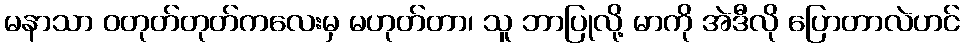
မနာသာ ဝတုတ်တုတ်ကလေးမှ မဟုတ်တာ၊ သူ ဘာပြုလို့ မာကို အဲဒီလို ပြောတာလဲဟင်